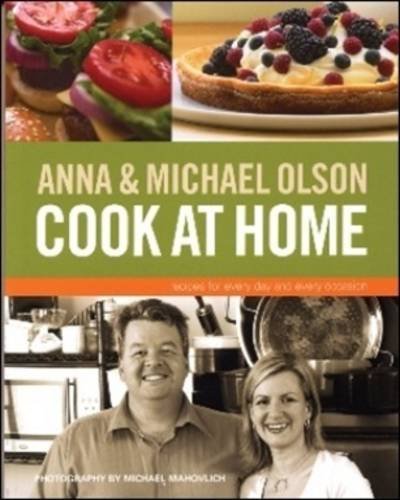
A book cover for Anna and Michael Olson Cook at Home; Anna Olson; Cookbooks, Food & Wine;